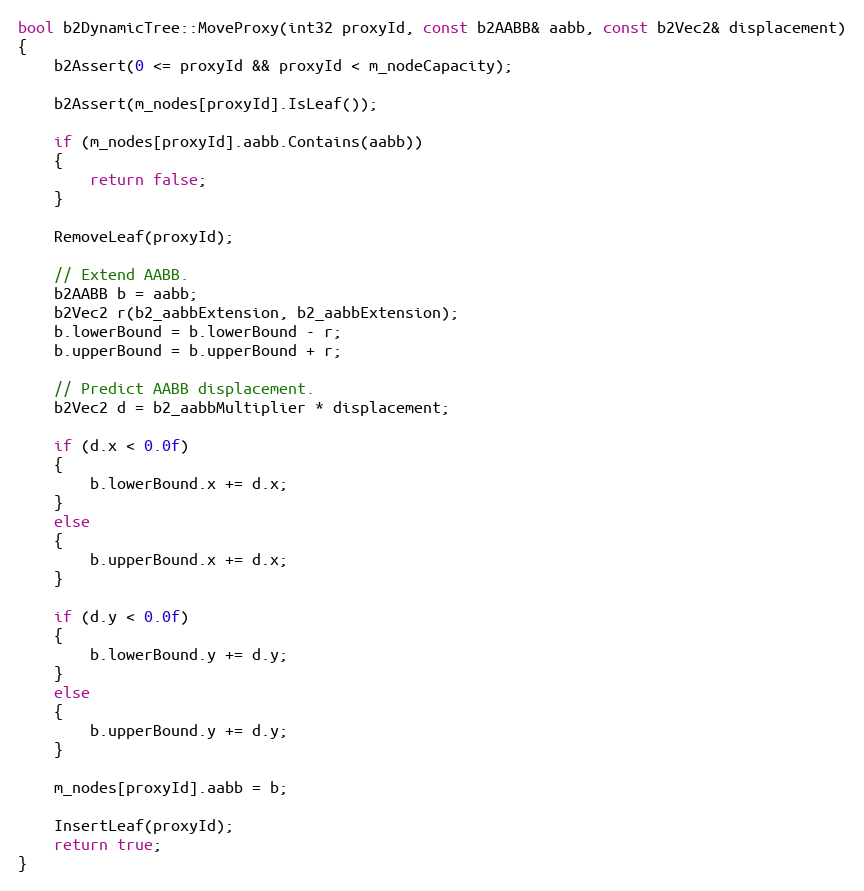
Language: C++
bool b2DynamicTree::MoveProxy(int32 proxyId, const b2AABB& aabb, const b2Vec2& displacement)
{
	b2Assert(0 <= proxyId && proxyId < m_nodeCapacity);

	b2Assert(m_nodes[proxyId].IsLeaf());

	if (m_nodes[proxyId].aabb.Contains(aabb))
	{
		return false;
	}

	RemoveLeaf(proxyId);

	// Extend AABB.
	b2AABB b = aabb;
	b2Vec2 r(b2_aabbExtension, b2_aabbExtension);
	b.lowerBound = b.lowerBound - r;
	b.upperBound = b.upperBound + r;

	// Predict AABB displacement.
	b2Vec2 d = b2_aabbMultiplier * displacement;

	if (d.x < 0.0f)
	{
		b.lowerBound.x += d.x;
	}
	else
	{
		b.upperBound.x += d.x;
	}

	if (d.y < 0.0f)
	{
		b.lowerBound.y += d.y;
	}
	else
	{
		b.upperBound.y += d.y;
	}

	m_nodes[proxyId].aabb = b;

	InsertLeaf(proxyId);
	return true;
}